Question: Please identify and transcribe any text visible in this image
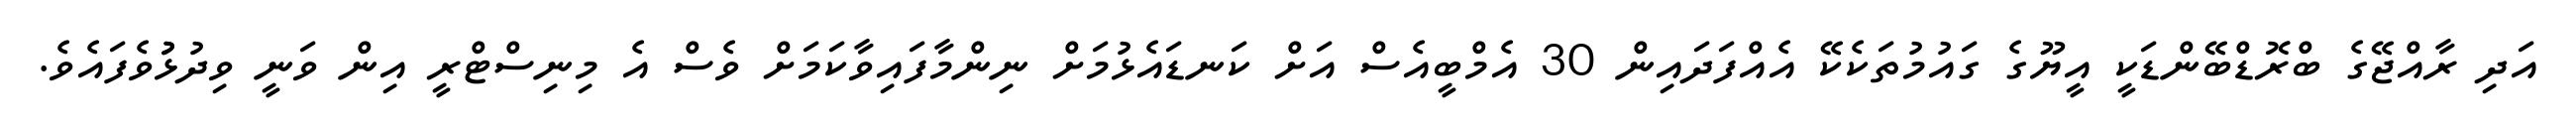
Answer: އަދި ރާއްޖޭގެ ބްރޮޑްބޭންޑަކީ އީޔޫގެ ގައުމުތަކެކޭ އެއްފަދައިން 30 އެމްބީއެސް އަށް ކަނޑައެޅުމަށް ނިންމާފައިވާކަމަށް ވެސް އެ މިނިސްޓްރީ އިން ވަނީ ވިދުޅުުވެފައެވެ.